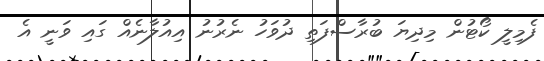
ފެމިލީ ކޯޓުން މިދިޔަ ބުރާސްފަތި ދުވަހު ނެރުނު އިއުލާނެއް ގައި ވަނީ އެ